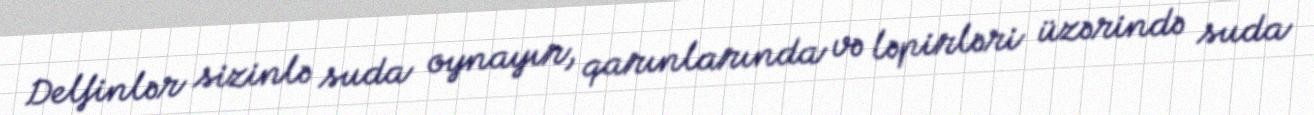
Delfinlər sizinlə suda oynayır, qarınlarında və ləpirləri üzərində suda